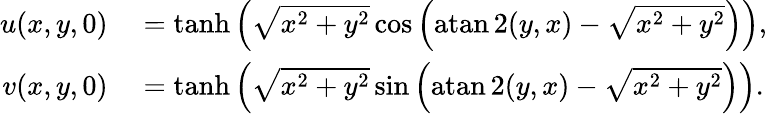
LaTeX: \begin{array}{rl}{u(x,y,0)}&{{}=\operatorname{tanh}\left(\sqrt{x^{2}+y^{2}}\cos\left(\operatorname{atan2}(y,x)-\sqrt{x^{2}+y^{2}}\right)\right),}\\ {v(x,y,0)}&{{}=\operatorname{tanh}\left(\sqrt{x^{2}+y^{2}}\sin\left(\operatorname{atan2}(y,x)-\sqrt{x^{2}+y^{2}}\right)\right).}\end{array}